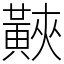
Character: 䵌